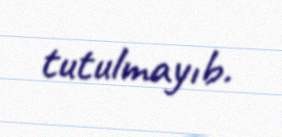
tutulmayıb.